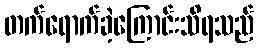
တက်ရောက်ခဲ့ကြောင်းသိရသည်